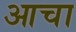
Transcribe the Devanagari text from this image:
आचा